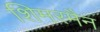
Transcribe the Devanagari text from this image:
शिमरमैन